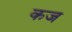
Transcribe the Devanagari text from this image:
कज